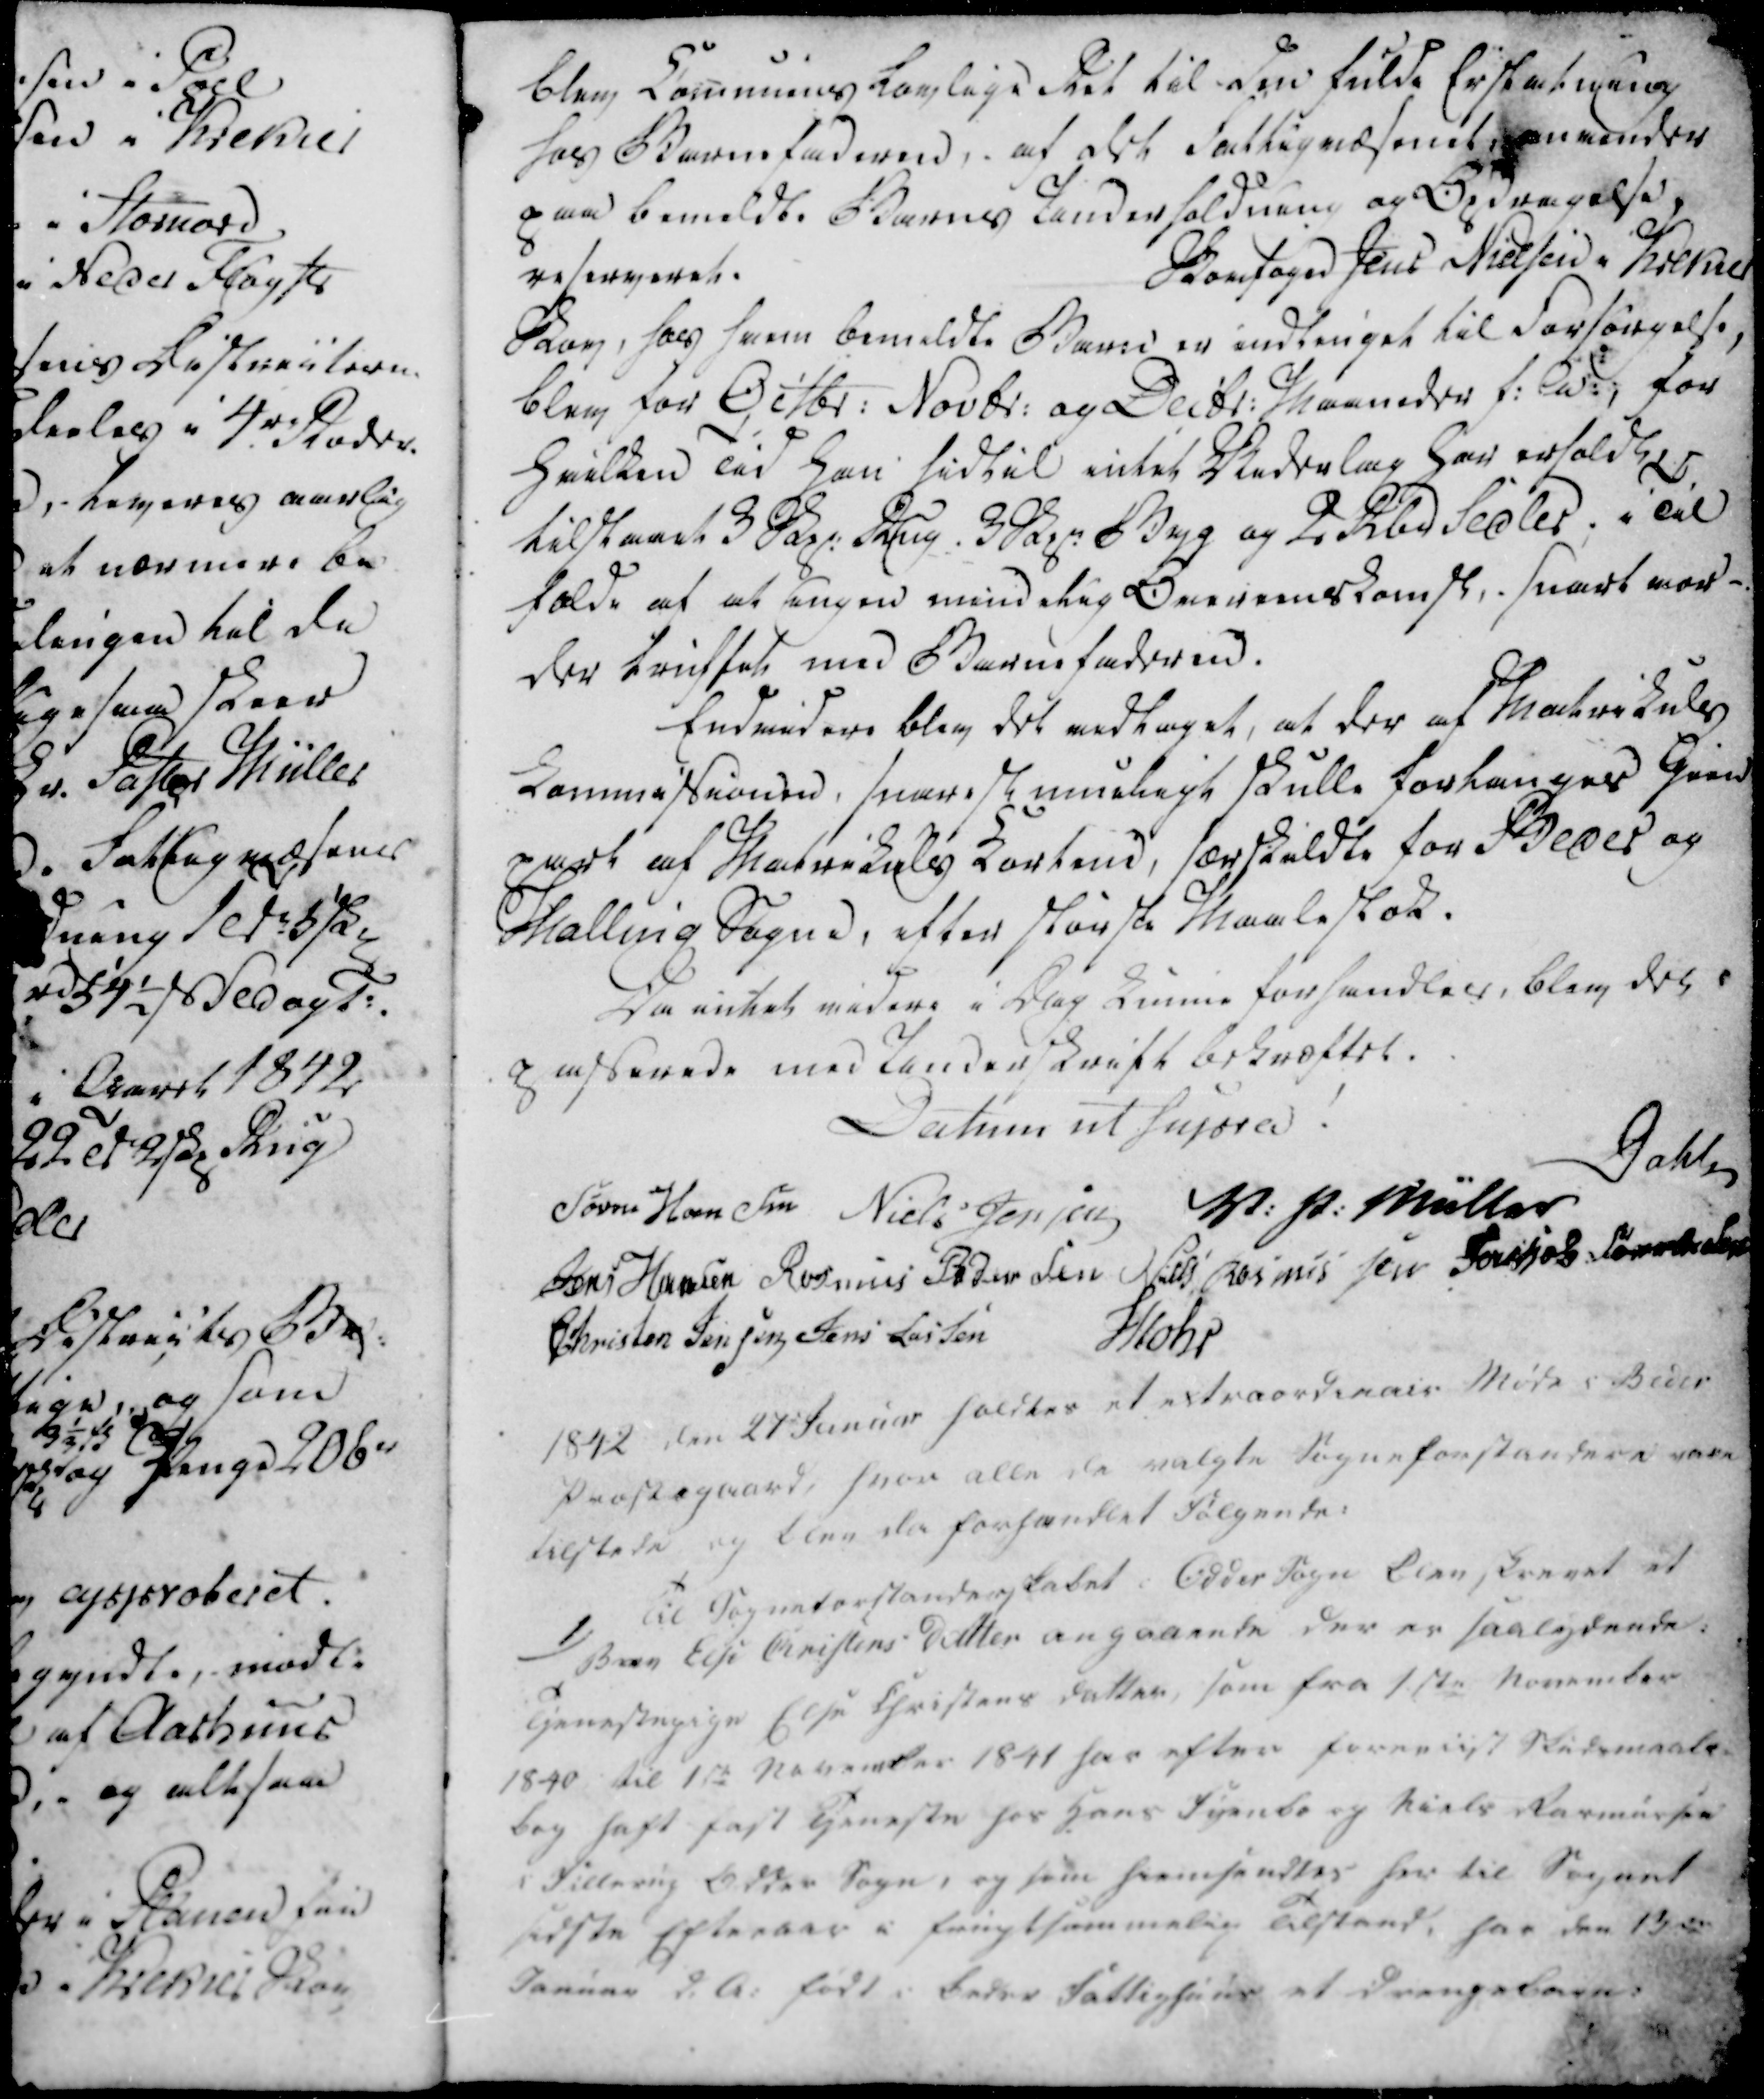
Transskription:
blev Kommnens lovlige Ret til den fulde Erstatning
hos Barnefaderen, - af det Fattigvæsenet uvender
paa bemeldte Barns Underholdning og Opdragelse
reserveret.
Skovsagen Jens Nielsen i Krekær
Skov, hos hvem bemeldte Barn er indtinget til Forsørgelse,
blev for Octbr: Novbr: og Decbr: Maaneder f: A:; for
Hvilken Tid Han hidtil intet Vederlag Har erholdt,
tilstaaet 3 Skz Rug. 3 Skz Byg og 2 Rbd Sedler. i Til
fælde af at ingen mindelig Overenskomst,. snart ver-
der truffet med Barnefaderen.
Endvidere blev det vedtaget, at der af Matrikels
Kommissionen snarest mueligt skulle forlænges Gied
zart af Matrikels Kortend, særskildte for Beder og
Malling Sogne, efter største Maalested.
Da intet videre i Dag kunne forhandles, blev det
passerede med Underskrift bekræftet.
Datum ut supra!

Dahle
Søren Hansen
Niels Jensen
V: P: Müller
Jens Hansen
Rasmus Pedersen
Niels Rasmussen
Jacob Sørensen
Christen Jensen
Jens Lassen
Mohr

1842 den 27 Januar holdtes et extraordinair Møde i Beder
Præstegaard, hvor alle de valgte Sogneforstandere vare
tilstede og blev der forhandlet følgende:

1)
Til Sogneforstanderskabet i Odder Sogne blev skønnet et
Barn Else Christens Datter angaaende der er saalejdende:
Tjenestepigen Else Christens datter, som fra 1. ste November
1840 til 1 ste November 1841 har efter forenkift Skudsmaate-
beg haft fast tjeneste hos Hans Tyende og Niels Rasmussen
i Fillerup Odder Sogn, og som hiemsendtes her til Sognet
sidste Efteraar i frugtsommelig Tilstand, har den 13de
Januar d. A: født i beder Fattighuus et drengebarn: